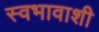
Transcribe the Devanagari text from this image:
स्वभावाशी